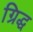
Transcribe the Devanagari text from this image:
ग्रिद्ध